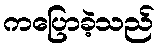
ကပြောခဲ့သည်